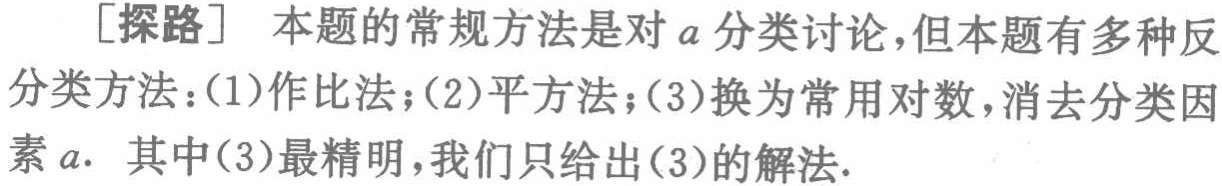
[探路] 本题的常规方法是对\(a\)分类讨论，但本题有多种反分类方法：(1)作比法；(2)平方法；(3)换为常用对数，消去分类因素\(a\). 其中(3)最精明，我们只给出(3)的解法.